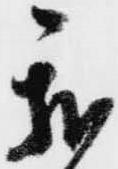
我